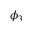
\phi _ { 3 }